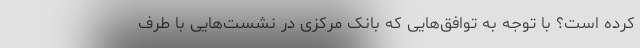
کرده است؟ با توجه به توافق‌هایی که بانک مرکزی در نشست‌هایی با طرف